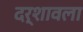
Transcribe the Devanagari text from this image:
दर्शावला